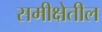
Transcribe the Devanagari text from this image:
समीक्षेतील